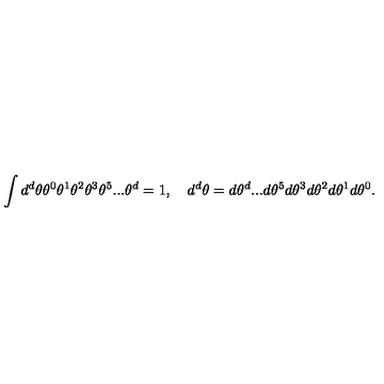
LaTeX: \int d ^ { d } \theta \theta ^ { 0 } \theta ^ { 1 } \theta ^ { 2 } \theta ^ { 3 } \theta ^ { 5 } . . . \theta ^ { d } = 1 , \quad d ^ { d } \theta = d \theta ^ { d } . . . d \theta ^ { 5 } d \theta ^ { 3 } d \theta ^ { 2 } d \theta ^ { 1 } d \theta ^ { 0 } .